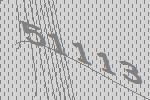
51113